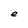
Character: e